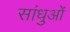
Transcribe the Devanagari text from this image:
सांधुओं